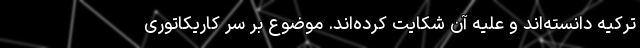
ترکیه دانسته‌اند و علیه آن شکایت کرده‌اند. موضوع بر سر کاریکاتوری